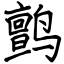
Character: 鹯